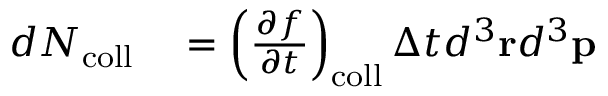
\begin{array} { r l } { d N _ { \mathrm { c o l l } } } & { { } = \left( { \frac { \partial f } { \partial t } } \right) _ { \mathrm { c o l l } } \Delta t d ^ { 3 } \mathbf { r } d ^ { 3 } \mathbf { p } } \end{array}